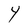
Character: Y